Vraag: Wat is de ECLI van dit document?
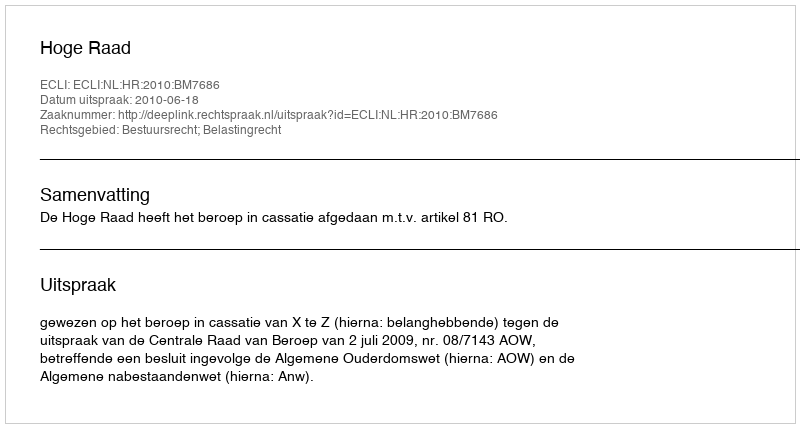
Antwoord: ECLI:NL:HR:2010:BM7686